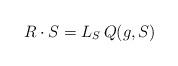
LaTeX: \begin{align*}R \cdot S = L_{S}\, Q(g,S)\end{align*}